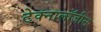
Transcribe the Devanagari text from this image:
टेक्नालॉजीस